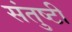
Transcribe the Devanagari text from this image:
संतुष्टी